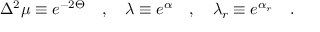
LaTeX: \Delta ^ { 2 } \mu \equiv e ^ { - 2 \Theta } \quad , \quad \lambda \equiv e ^ { \alpha } \quad , \quad \lambda _ { r } \equiv e ^ { \alpha _ { r } } \quad .